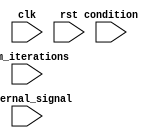
module Loop_with_multiple_iterators (
    input wire clk,
    input wire rst,
    input wire [3:0] num_iterations,
    input wire condition,
    input wire external_signal,
    // other input/output ports
);

reg [3:0] iterator1;
reg [3:0] iterator2;

always @(posedge clk or posedge rst) begin
    if (rst) begin
        iterator1 <= 4'b0;
        iterator2 <= 4'b0;
    end else begin
        if (iterator1 < num_iterations) begin
            if (condition) begin
                // loop body with iterator1
                iterator1 <= iterator1 + 1;
            end
        end else begin
            if (external_signal) begin
                // loop body with iterator2
                iterator2 <= iterator2 + 1;
            end
        end
    end
end

// other behavioral statements
// ...

endmodule